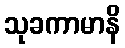
သုခကာမာနိ